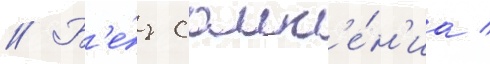
// Б'е́з сомн'е́н'иа /